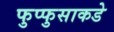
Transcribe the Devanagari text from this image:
फुप्फुसाकडे